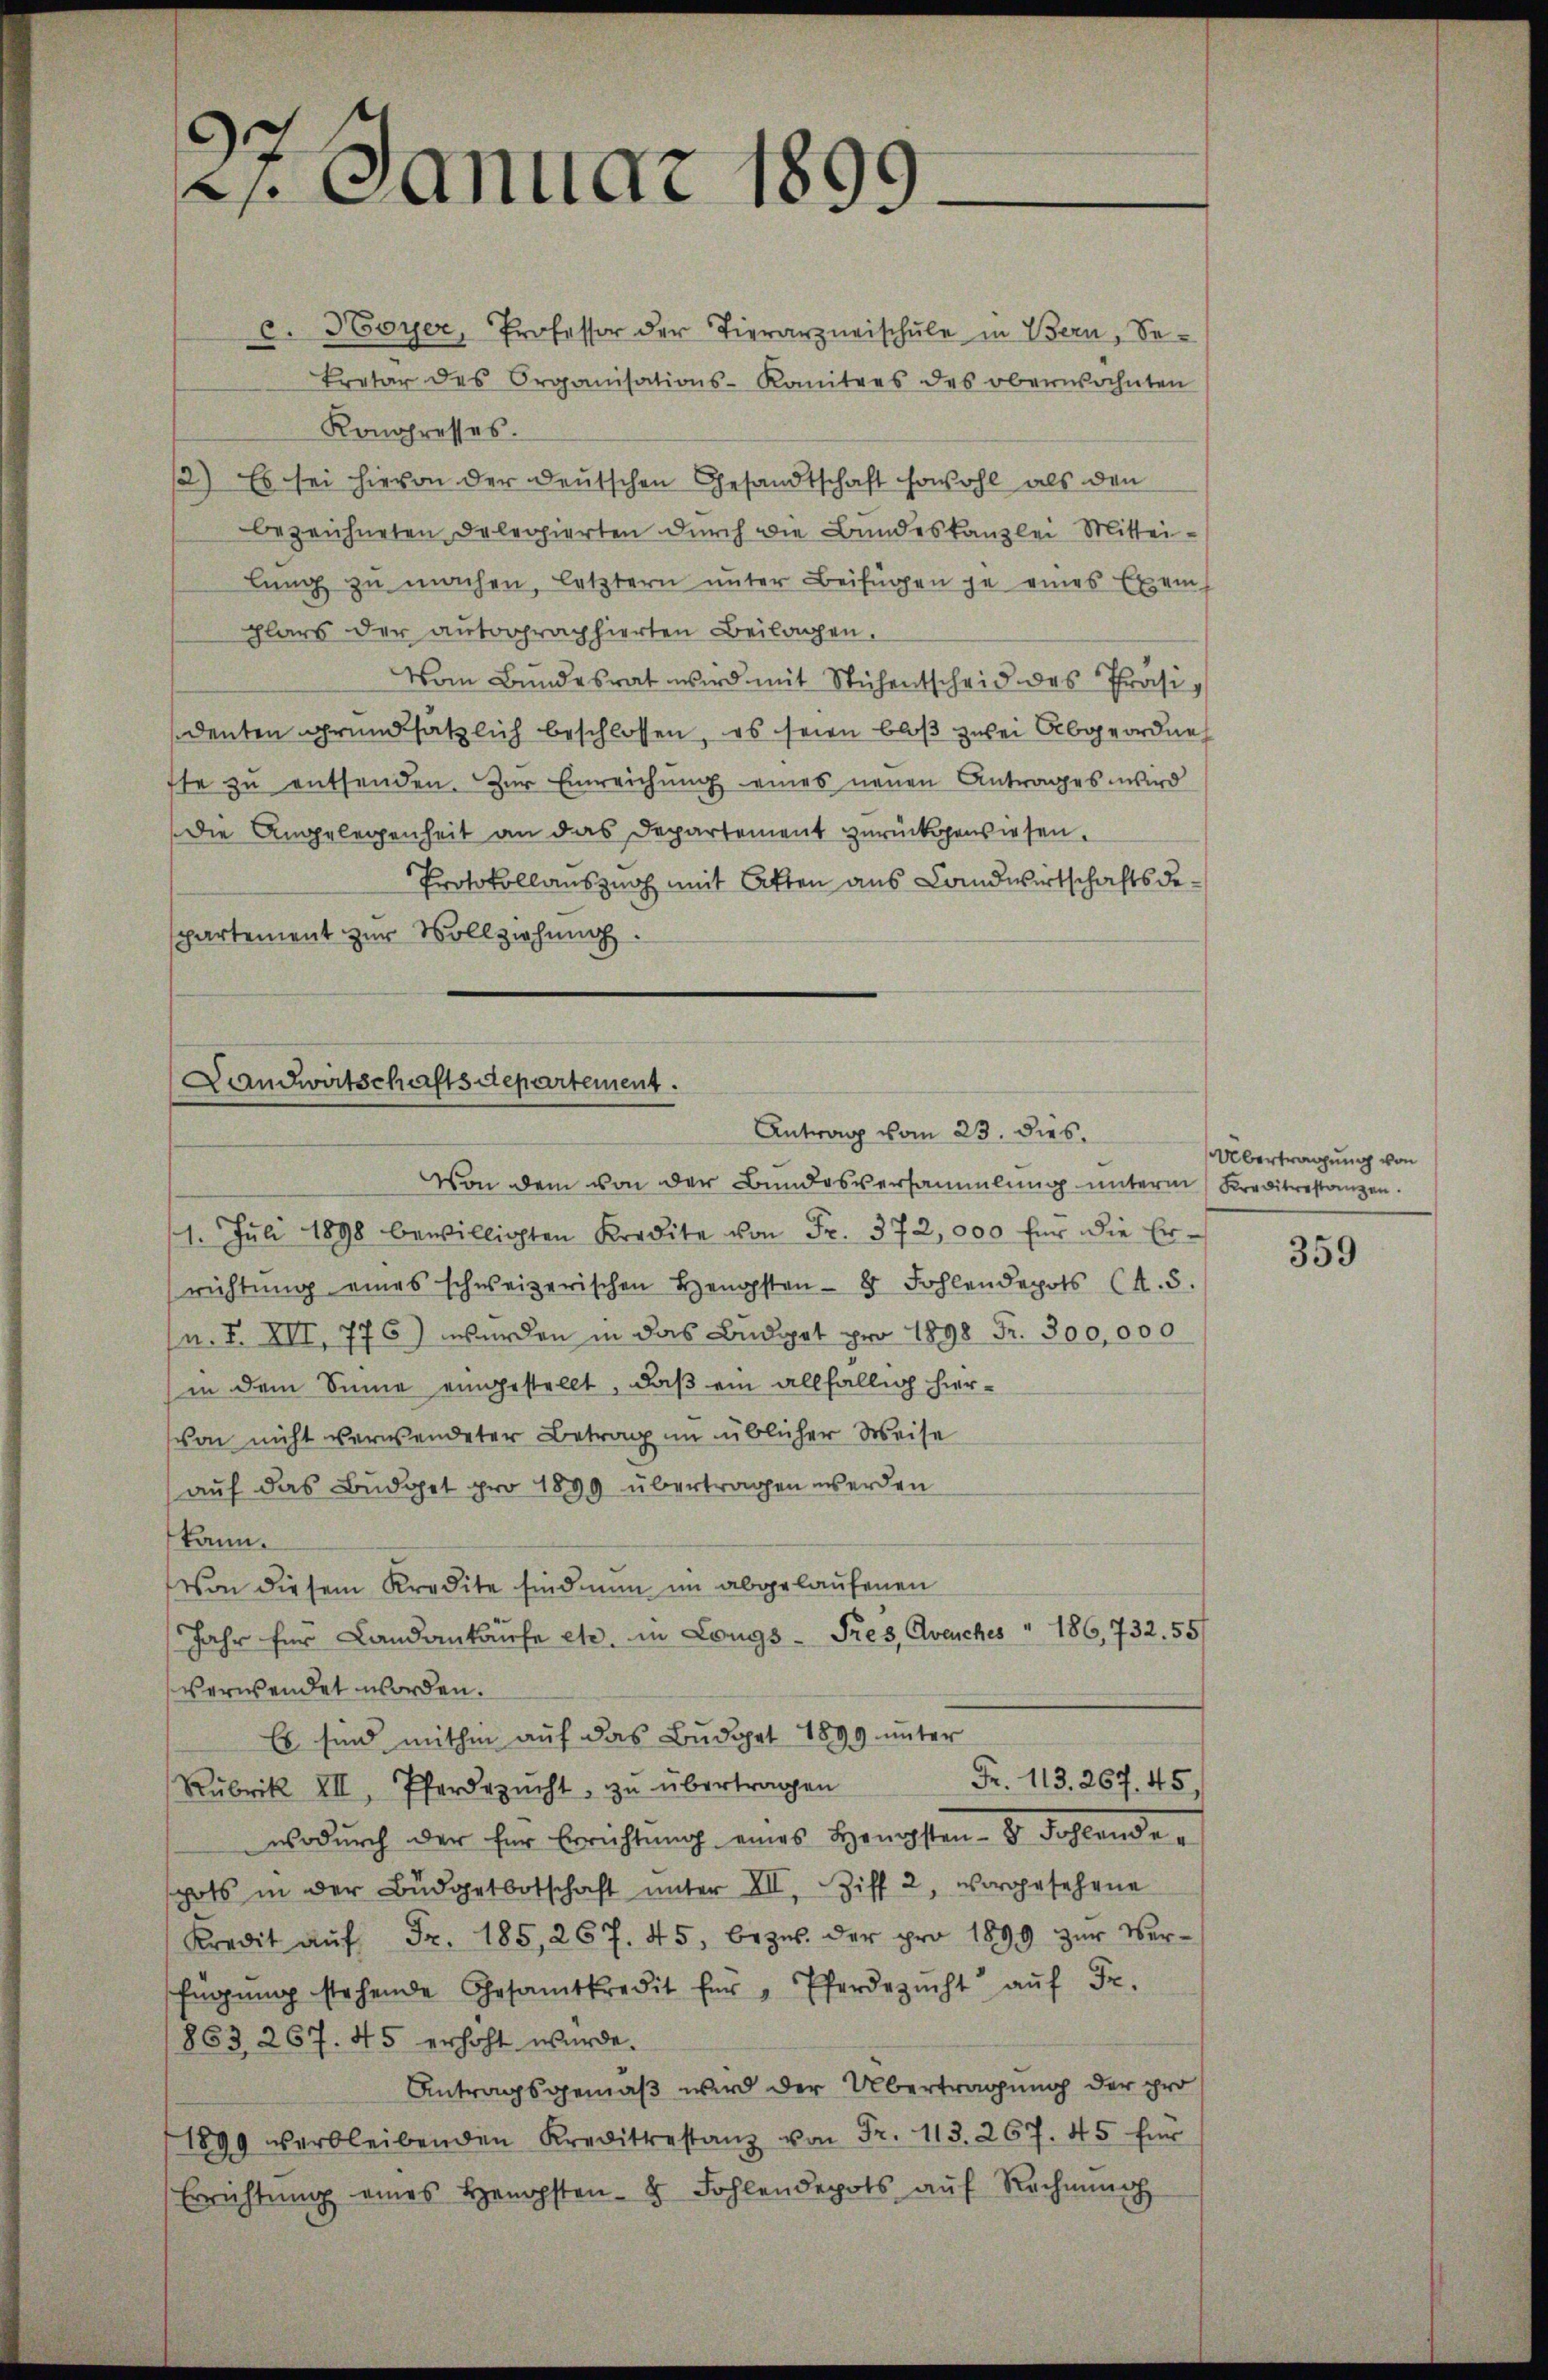
21. Januar 1899.

c. Hoyer, Professor der Tierarzneischule in Bern, Sekretar des Organisations-Komitees des oberwähnten
Kongresses.
/2) Es sei hievon der deutschen Gesandtschaft sowohl als den
bezeichneten Delegierten durch die Bundeskanzlei Mittei-
lŭng zu machen, letztern unter Beifügen je eines Exem
plars der autographierten Beilagen.
Vom Bundesrat wird mit Stichentscheid des Präsidenten grundsätzlich beschlossen, es seien bloß zwei Abgeordne
fte zu entsenden. Zur Einreichung eines neuen Antrages wird
Die Angelegenheit an das Departement zurückgewiesen.
Protokollauszuch mit Atten aus Landwirtschaftsdepartement zur Vollziehung.

Landwirtschaftsdepartement.
Antrag vom 23. dies

Von dem von der Bundesversammlung unterm Kreditrestanzen.
1. Jŭli 1898 bewilligten Kredite von Fr. 372, 000 für die Er-
richtŭng eines schweizerischen Hengsten - 8 Fohlendepots (A. 5.
n. F. VII. 776) werden in das Budget pro 1898 Fr. 300,000
in dem Sinne eingestellt, daß ein allfällig hiervon nicht verwendeter Betrag im üblicher Weise
auf das Budget pro 1899 übertragen werden
kann.
Von diesem Kredite sind nun im abgelaufenen
Jahr für Landankaufe etc. in Langs - Pres, Avenches 186, 732. 55
verwendet worden.
Es sind mithin auf das Budget 1899 unter
Fr. 113. 267. 45
Rubrik III, Pferdezucht zŭ übertragen
wodŭrch der für Errichtŭng eines Hengsten- & Fohlende
pots in der Büdgetbotschaft ŭnter XII. Ziff. 2, vorgesehene
Kredit aŭf Fr. 185, 267. 45, bezw. der pro 1899 zŭr Ver-
fügŭng stehende Gesamtkredit für " Pferdezŭcht aŭf Fr.
863, 267. 45 erhöht wurde.
Antragsgemäß wird der Übertragung der pro
1890 verbleibenden Kreditestanz von Fr. 113. 267. 45 für
Errichtŭng eines Hengsten- & Fohlendepots aŭf Rechnŭng

Übertragung von

359